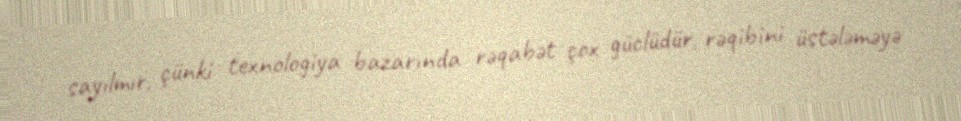
sayılmır, çünki texnologiya bazarında rəqabət çox güclüdür, rəqibini üstələməyə